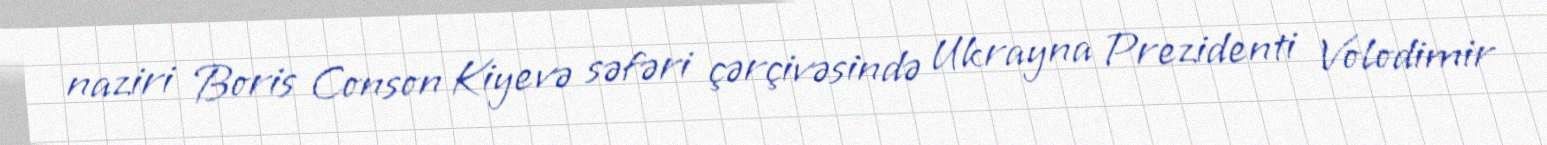
naziri Boris Conson Kiyevə səfəri çərçivəsində Ukrayna Prezidenti Volodimir